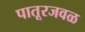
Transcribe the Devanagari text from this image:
पातूरजवळ